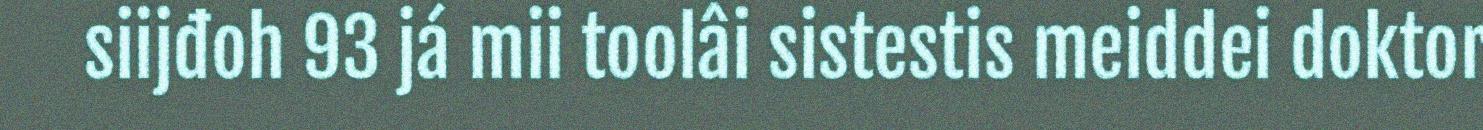
siijđoh 93 já mii toolâi sistestis meiddei doktor